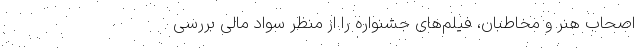
اصحاب هنر و مخاطبان، فیلم‌های جشنواره را از منظر سواد مالی بررسی